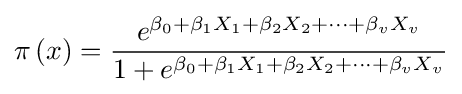
\pi \left(x\right)={\frac {e^{\beta _{0}+\beta _{1}X_{1}+\beta _{2}X_{2}+\dots +\beta _{v}X_{v}}}{1+e^{\beta _{0}+\beta _{1}X_{1}+\beta _{2}X_{2}+\dots +\beta _{v}X_{v}}}}